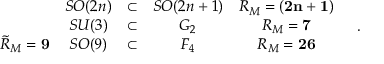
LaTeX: \begin{array} { c c c c c } { { } } & { { S O ( 2 n ) } } & { { \subset } } & { { S O ( 2 n + 1 ) } } & { { R _ { M } = { \bf ( 2 n + 1 ) } } } \\ { { } } & { { S U ( 3 ) } } & { { \subset } } & { { G _ { 2 } } } & { { R _ { M } = { \bf 7 } } } \\ { { \tilde { R } _ { M } = { \bf 9 } } } & { { S O ( 9 ) } } & { { \subset } } & { { F _ { 4 } } } & { { R _ { M } = { \bf 2 6 } } } \end{array} \quad .